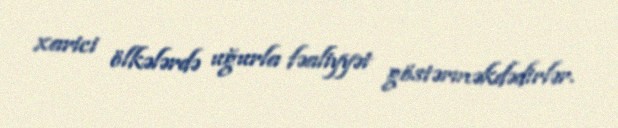
xarici ölkələrdə uğurla fəaliyyət göstərməkdədirlər.